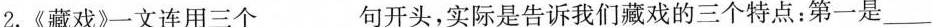
2.《藏戏》一文连用三个___句开头，实际是告诉我们藏戏的三个特点：第一是___